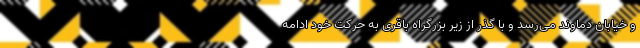
و خیابان دماوند می‌رسد و با گذر از زیر بزرگراه باقری به حرکت خود ادامه